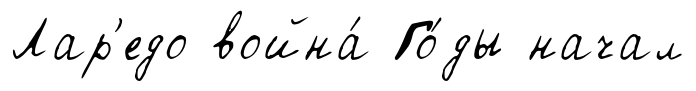
Лар'едо война́ Го́ды начал